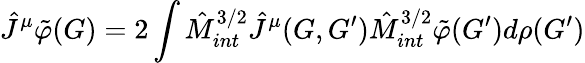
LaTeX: {\hat{J}}^{\mu}{\tilde{\varphi}}(G)=2\int{\hat{M}}_{int}^{3/2}{\hat{J}}^{\mu}(G,G^{\prime}){\hat{M}}_{int}^{3/2}{\tilde{\varphi}}(G^{\prime})d\rho(G^{\prime})